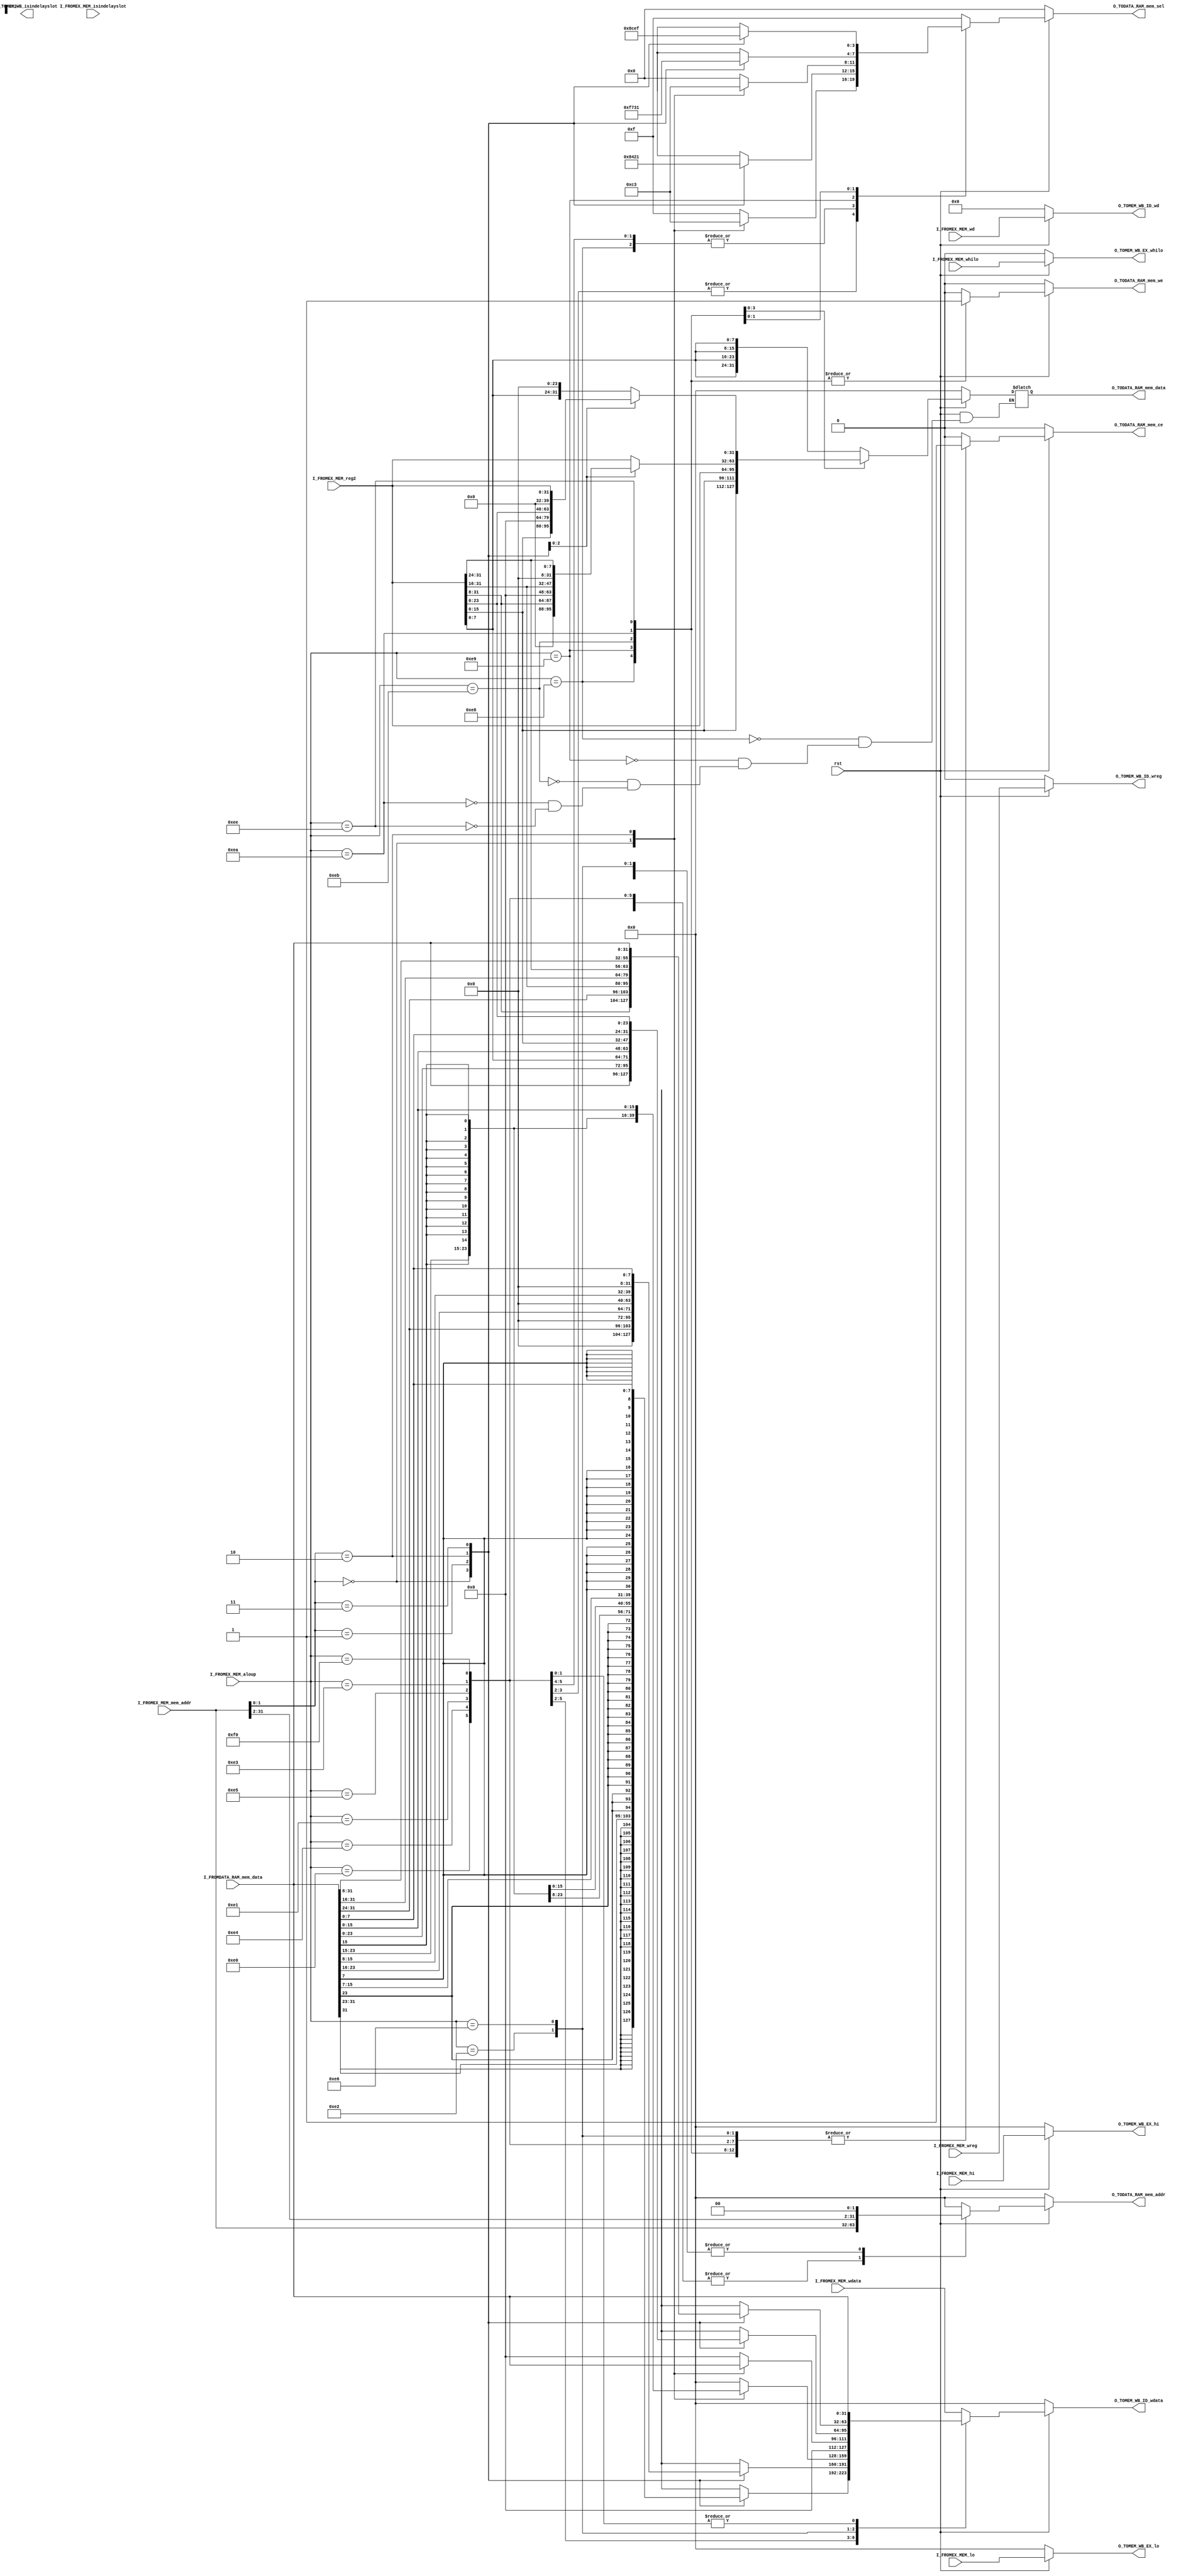
//////////////////////////////////////////////////////////////////////
////                                                              ////
//// Copyright (C) 2014 leishangwen@163.com                       ////
////                                                              ////
//// This source file may be used and distributed without         ////
//// restriction provided that this copyright statement is not    ////
//// removed from the file and that any derivative work contains  ////
//// the original copyright notice and the associated disclaimer. ////
////                                                              ////
//// This source file is free software; you can redistribute it   ////
//// and/or modify it under the terms of the GNU Lesser General   ////
//// Public License as published by the Free Software Foundation; ////
//// either version 2.1 of the License, or (at your option) any   ////
//// later version.                                               ////
////                                                              ////
//// This source is distributed in the hope that it will be       ////
//// useful, but WITHOUT ANY WARRANTY; without even the implied   ////
//// warranty of MERCHANTABILITY or FITNESS FOR A PARTICULAR      ////
//// PURPOSE.  See the GNU Lesser General Public License for more ////
//// details.                                                     ////
////                                                              ////
//////////////////////////////////////////////////////////////////////
//////////////////////////////////////////////////////////////////////
//////////////////////////////////////////////////////////////////////
// Module:  MEM
// Description: 
// Revision: 1.0
//////////////////////////////////////////////////////////////////////



module MEM(

	input wire										rst,//
	
	//?	
	input wire       I_FROMEX_MEM_wreg,//
	input wire[4:0]         I_FROMEX_MEM_wd,//
	input wire[31:0]	  I_FROMEX_MEM_wdata,//?
	input wire[31:0]           I_FROMEX_MEM_hi,//HI?
	input wire[31:0]           I_FROMEX_MEM_lo,//LO?
	input wire                    I_FROMEX_MEM_whilo,	//HILO?

    input wire[7:0]        I_FROMEX_MEM_aloup,//?
	input wire[31:0]          I_FROMEX_MEM_mem_addr,//????
	input wire[31:0]          I_FROMEX_MEM_reg2,//??lwllwr?
	
	//RAM?
	input wire[31:0]          I_FROMDATA_RAM_mem_data,//?

	//I_FROMLLbit_LlbitLLbit?
	//input wire                  I_FROMLLbit_Llbit,//LlbitLlbit?
	//????LLbit??
	//input wire                  I_FROMMEM_WB_wb_LLbit_we,//Llbit?
	//input wire                  I_FROMMEM_WB_wb_LLbit_value,//Llbit?


	input wire                   I_FROMEX_MEM_isindelayslot,

	output wire                  O_TOMEM_WB_isindelayslot,
	//?
	output reg[4:0]      O_TOMEM_WB_ID_wd,//
	output reg           O_TOMEM_WB_ID_wreg,//?
	output reg[31:0]	 O_TOMEM_WB_ID_wdata,//?
	output reg[31:0]     O_TOMEM_WB_EX_hi,//HI?
	output reg[31:0]     O_TOMEM_WB_EX_lo,//LO?
	output reg           O_TOMEM_WB_EX_whilo,//HILO?

	//output reg                   O_TOMEM_WB_Llbit_we,//Llbit?
	//output reg                   O_TOMEM_WB_Llbit_value,//Llbit?
	
	//RAM?
	output reg[31:0]          O_TODATA_RAM_mem_addr,//
	output wire					O_TODATA_RAM_mem_we,//1
	output reg[3:0]              O_TODATA_RAM_mem_sel,//
	output reg[31:0]          O_TODATA_RAM_mem_data,//?
	output reg                   O_TODATA_RAM_mem_ce	//?
	
);

    //reg LLbit;
	wire[31:0] zero32;
	reg                   mem_we;

	assign O_TODATA_RAM_mem_we = mem_we ;//RAM
	assign zero32 = 32'h00000000;
    
    assign O_TOMEM_WB_EX_isindelayslot = I_FROMEX_MEM_isindelayslot;

  //?LLbit???
	/*always @ (*) begin
		if(rst == 1'b1) begin
			LLbit <= 1'b0;
		end else begin
			if(I_FROMMEM_WB_wb_LLbit_we == 1'b1) begin
				LLbit <= I_FROMMEM_WB_wb_LLbit_value;
			end else begin
				LLbit <= I_FROMLLbit_Llbit;
			end
		end
	end*/
	
	always @ (*) begin
		if(rst == 1'b0) begin
			O_TOMEM_WB_ID_wd <= 5'b00000;
			O_TOMEM_WB_ID_wreg <= 1'b0;
		  O_TOMEM_WB_ID_wdata <= 32'h00000000;
		  O_TOMEM_WB_EX_hi <= 32'h00000000;
		  O_TOMEM_WB_EX_lo <= 32'h00000000;
		  O_TOMEM_WB_EX_whilo <= 1'b0;		
		  O_TODATA_RAM_mem_addr <= 32'h00000000;
		  mem_we <= 1'b0;
		  O_TODATA_RAM_mem_sel <= 4'b0000;
		  O_TODATA_RAM_mem_data <= 32'h00000000;
		  O_TODATA_RAM_mem_ce <= 1'b0;		
		  //O_TOMEM_WB_Llbit_we <= 1'b0;
		  //O_TOMEM_WB_Llbit_value <= 1'b0;		      
		end else begin
		    O_TOMEM_WB_ID_wd <= I_FROMEX_MEM_wd;
			O_TOMEM_WB_ID_wreg <= I_FROMEX_MEM_wreg;
			O_TOMEM_WB_ID_wdata <= I_FROMEX_MEM_wdata;
			O_TOMEM_WB_EX_hi <= I_FROMEX_MEM_hi;
			O_TOMEM_WB_EX_lo <= I_FROMEX_MEM_lo;
			O_TOMEM_WB_EX_whilo <= I_FROMEX_MEM_whilo;		
			mem_we <= 1'b0;
			O_TODATA_RAM_mem_addr <= 32'h00000000;
			O_TODATA_RAM_mem_sel <= 4'b1111;
			O_TODATA_RAM_mem_ce <= 1'b0;
		 // O_TOMEM_WB_Llbit_we <= 1'b0;
		 //O_TOMEM_WB_Llbit_value <= 1'b0;			
			case (I_FROMEX_MEM_aloup)
				8'b11100000:		begin//lb
					O_TODATA_RAM_mem_addr <= I_FROMEX_MEM_mem_addr;//?
					mem_we <= 1'b0;//?O_TODATA_RAM_mem_addr???1'b0
					O_TODATA_RAM_mem_ce <= 1'b1;//O_TODATA_RAM_mem_ce <= 1'b1
					case (I_FROMEX_MEM_mem_addr[1:0])//mem_arrd?mem_sel??I_FROMEX_MEM_mem_data
						2'b00:	begin
							O_TOMEM_WB_ID_wdata <= {{24{I_FROMDATA_RAM_mem_data[31]}},I_FROMDATA_RAM_mem_data[31:24]};
							O_TODATA_RAM_mem_sel <= 4'b1000;
						end
						2'b01:	begin
							O_TOMEM_WB_ID_wdata <= {{24{I_FROMDATA_RAM_mem_data[23]}},I_FROMDATA_RAM_mem_data[23:16]};
							O_TODATA_RAM_mem_sel <= 4'b0100;
						end
						2'b10:	begin
							O_TOMEM_WB_ID_wdata <= {{24{I_FROMDATA_RAM_mem_data[15]}},I_FROMDATA_RAM_mem_data[15:8]};
							O_TODATA_RAM_mem_sel <= 4'b0010;
						end
						2'b11:	begin
							O_TOMEM_WB_ID_wdata <= {{24{I_FROMDATA_RAM_mem_data[7]}},I_FROMDATA_RAM_mem_data[7:0]};
							O_TODATA_RAM_mem_sel <= 4'b0001;
						end
						default:	begin
							O_TOMEM_WB_ID_wdata <= 32'h00000000;
						end
					endcase
				end
				8'b11100100:		begin//lbu
					O_TODATA_RAM_mem_addr <= I_FROMEX_MEM_mem_addr;
					mem_we <= 1'b0;
					O_TODATA_RAM_mem_ce <= 1'b1;
					case (I_FROMEX_MEM_mem_addr[1:0])
						2'b00:	begin
							O_TOMEM_WB_ID_wdata <= {{24{1'b0}},I_FROMDATA_RAM_mem_data[31:24]};
							O_TODATA_RAM_mem_sel <= 4'b1000;
						end
						2'b01:	begin
							O_TOMEM_WB_ID_wdata <= {{24{1'b0}},I_FROMDATA_RAM_mem_data[23:16]};
							O_TODATA_RAM_mem_sel <= 4'b0100;
						end
						2'b10:	begin
							O_TOMEM_WB_ID_wdata <= {{24{1'b0}},I_FROMDATA_RAM_mem_data[15:8]};
							O_TODATA_RAM_mem_sel <= 4'b0010;
						end
						2'b11:	begin
							O_TOMEM_WB_ID_wdata <= {{24{1'b0}},I_FROMDATA_RAM_mem_data[7:0]};
							O_TODATA_RAM_mem_sel <= 4'b0001;
						end
						default:	begin
							O_TOMEM_WB_ID_wdata <= 32'h00000000;
						end
					endcase				
				end
				8'b11100001:		begin//lh
					O_TODATA_RAM_mem_addr <= I_FROMEX_MEM_mem_addr;
					mem_we <= 1'b0;
					O_TODATA_RAM_mem_ce <= 1'b1;
					case (I_FROMEX_MEM_mem_addr[1:0])
						2'b00:	begin
							O_TOMEM_WB_ID_wdata <= {{16{I_FROMDATA_RAM_mem_data[31]}},I_FROMDATA_RAM_mem_data[31:16]};
							O_TODATA_RAM_mem_sel <= 4'b1100;
						end
						2'b10:	begin
							O_TOMEM_WB_ID_wdata <= {{16{I_FROMDATA_RAM_mem_data[15]}},I_FROMDATA_RAM_mem_data[15:0]};
							O_TODATA_RAM_mem_sel <= 4'b0011;
						end
						default:	begin
							O_TOMEM_WB_ID_wdata <= 32'h00000000;
						end
					endcase					
				end
				8'b11100101:		begin//lhu
					O_TODATA_RAM_mem_addr <= I_FROMEX_MEM_mem_addr;
					mem_we <= 1'b0;
					O_TODATA_RAM_mem_ce <= 1'b1;
					case (I_FROMEX_MEM_mem_addr[1:0])
						2'b00:	begin
							O_TOMEM_WB_ID_wdata <= {{16{1'b0}},I_FROMDATA_RAM_mem_data[31:16]};
							O_TODATA_RAM_mem_sel <= 4'b1100;
						end
						2'b10:	begin
							O_TOMEM_WB_ID_wdata <= {{16{1'b0}},I_FROMDATA_RAM_mem_data[15:0]};
							O_TODATA_RAM_mem_sel <= 4'b0011;
						end
						default:	begin
							O_TOMEM_WB_ID_wdata <= 32'h00000000;
						end
					endcase				
				end
				8'b11100011:		begin//lw
					O_TODATA_RAM_mem_addr <= I_FROMEX_MEM_mem_addr;
					mem_we <= 1'b0;
					O_TOMEM_WB_ID_wdata <= I_FROMDATA_RAM_mem_data;
					O_TODATA_RAM_mem_sel <= 4'b1111;		
					O_TODATA_RAM_mem_ce <= 1'b1;
				end
				8'b11100010:		begin//lwl
					O_TODATA_RAM_mem_addr <= {I_FROMEX_MEM_mem_addr[31:2], 2'b00};//??0lwlRAM
					mem_we <= 1'b0;//??
					O_TODATA_RAM_mem_sel <= 4'b1111;
					O_TODATA_RAM_mem_ce <= 1'b1;//?
					case (I_FROMEX_MEM_mem_addr[1:0])
						2'b00:	begin
							O_TOMEM_WB_ID_wdata <= I_FROMDATA_RAM_mem_data[31:0];
						end
						2'b01:	begin
							O_TOMEM_WB_ID_wdata <= {I_FROMDATA_RAM_mem_data[23:0],I_FROMEX_MEM_reg2[7:0]};
						end
						2'b10:	begin
							O_TOMEM_WB_ID_wdata <= {I_FROMDATA_RAM_mem_data[15:0],I_FROMEX_MEM_reg2[15:0]};
						end
						2'b11:	begin
							O_TOMEM_WB_ID_wdata <= {I_FROMDATA_RAM_mem_data[7:0],I_FROMEX_MEM_reg2[23:0]};	
						end//????????
						default:	begin
							O_TOMEM_WB_ID_wdata <= 32'h00000000;
						end
					endcase				
				end
				8'b11100110:		begin//lwrlwl
					O_TODATA_RAM_mem_addr <= {I_FROMEX_MEM_mem_addr[31:2], 2'b00};
					mem_we <= 1'b0;
					O_TODATA_RAM_mem_sel <= 4'b1111;
					O_TODATA_RAM_mem_ce <= 1'b1;
					case (I_FROMEX_MEM_mem_addr[1:0])
						2'b00:	begin
							O_TOMEM_WB_ID_wdata <= {I_FROMEX_MEM_reg2[31:8],I_FROMDATA_RAM_mem_data[31:24]};
						end
						2'b01:	begin
							O_TOMEM_WB_ID_wdata <= {I_FROMEX_MEM_reg2[31:16],I_FROMDATA_RAM_mem_data[31:16]};
						end
						2'b10:	begin
							O_TOMEM_WB_ID_wdata <= {I_FROMEX_MEM_reg2[31:24],I_FROMDATA_RAM_mem_data[31:8]};
						end
						2'b11:	begin
							O_TOMEM_WB_ID_wdata <= I_FROMDATA_RAM_mem_data;	
						end
						default:	begin
							O_TOMEM_WB_ID_wdata <= 32'h00000000;
						end
					endcase					
				end
				8'b11110000:		begin//
					O_TODATA_RAM_mem_addr <= I_FROMEX_MEM_mem_addr;
					mem_we <= 1'b0;
					O_TOMEM_WB_ID_wdata <= I_FROMDATA_RAM_mem_data;
		  		//O_TOMEM_WB_Llbit_we <= 1'b1;
		  		//O_TOMEM_WB_Llbit_value <= 1'b1;
		  		O_TODATA_RAM_mem_sel <= 4'b1111;			
		  		O_TODATA_RAM_mem_ce <= 1'b1;					
				end				
				8'b11101000:		begin//sb
					O_TODATA_RAM_mem_addr <= I_FROMEX_MEM_mem_addr;//?	
					mem_we <= 1'b1;//?
					O_TODATA_RAM_mem_data <= {I_FROMEX_MEM_reg2[7:0],I_FROMEX_MEM_reg2[7:0],I_FROMEX_MEM_reg2[7:0],I_FROMEX_MEM_reg2[7:0]};
					O_TODATA_RAM_mem_ce <= 1'b1;//??	
					case (I_FROMEX_MEM_mem_addr[1:0])
						2'b00:	begin
							O_TODATA_RAM_mem_sel <= 4'b1000;
						end
						2'b01:	begin
							O_TODATA_RAM_mem_sel <= 4'b0100;
						end
						2'b10:	begin
							O_TODATA_RAM_mem_sel <= 4'b0010;
						end
						2'b11:	begin
							O_TODATA_RAM_mem_sel <= 4'b0001;	
						end
						default:	begin
							O_TODATA_RAM_mem_sel <= 4'b0000;
						end//sbmem_data???mem_sel???
					endcase				
				end
				8'b11101001:		begin//sh
					O_TODATA_RAM_mem_addr <= I_FROMEX_MEM_mem_addr;
					mem_we <= 1'b1;
					O_TODATA_RAM_mem_data <= {I_FROMEX_MEM_reg2[15:0],I_FROMEX_MEM_reg2[15:0]};
					O_TODATA_RAM_mem_ce <= 1'b1;
					case (I_FROMEX_MEM_mem_addr[1:0])
						2'b00:	begin
							O_TODATA_RAM_mem_sel <= 4'b1100;
						end
						2'b10:	begin
							O_TODATA_RAM_mem_sel <= 4'b0011;
						end
						default:	begin
							O_TODATA_RAM_mem_sel <= 4'b0000;
						end
					endcase						
				end
				8'b11101011:		begin//swsb
					O_TODATA_RAM_mem_addr <= I_FROMEX_MEM_mem_addr;
					mem_we <= 1'b1;
					O_TODATA_RAM_mem_data <= I_FROMEX_MEM_reg2;
					O_TODATA_RAM_mem_sel <= 4'b1111;			
					O_TODATA_RAM_mem_ce <= 1'b1;
				end
				8'b11101010:		begin//swl
					O_TODATA_RAM_mem_addr <= {I_FROMEX_MEM_mem_addr[31:2], 2'b00};//??0swl?
					mem_we <= 1'b1;//??
					O_TODATA_RAM_mem_ce <= 1'b1;//??
					case (I_FROMEX_MEM_mem_addr[1:0])
						2'b00:	begin						  
							O_TODATA_RAM_mem_sel <= 4'b1111;
							O_TODATA_RAM_mem_data <= I_FROMEX_MEM_reg2;
						end
						2'b01:	begin
							O_TODATA_RAM_mem_sel <= 4'b0111;
							O_TODATA_RAM_mem_data <= {zero32[7:0],I_FROMEX_MEM_reg2[31:8]};
						end
						2'b10:	begin
							O_TODATA_RAM_mem_sel <= 4'b0011;
							O_TODATA_RAM_mem_data <= {zero32[15:0],I_FROMEX_MEM_reg2[31:16]};
						end
						2'b11:	begin
							O_TODATA_RAM_mem_sel <= 4'b0001;	
							O_TODATA_RAM_mem_data <= {zero32[23:0],I_FROMEX_MEM_reg2[31:24]};
						end
						default:	begin
							O_TODATA_RAM_mem_sel <= 4'b0000;
						end
					endcase							
				end
				8'b11101110:		begin//swr
					O_TODATA_RAM_mem_addr <= {I_FROMEX_MEM_mem_addr[31:2], 2'b00};
					mem_we <= 1'b1;
					O_TODATA_RAM_mem_ce <= 1'b1;
					case (I_FROMEX_MEM_mem_addr[1:0])
						2'b00:	begin						  
							O_TODATA_RAM_mem_sel <= 4'b1000;
							O_TODATA_RAM_mem_data <= {I_FROMEX_MEM_reg2[7:0],zero32[23:0]};
						end
						2'b01:	begin
							O_TODATA_RAM_mem_sel <= 4'b1100;
							O_TODATA_RAM_mem_data <= {I_FROMEX_MEM_reg2[15:0],zero32[15:0]};
						end
						2'b10:	begin
							O_TODATA_RAM_mem_sel <= 4'b1110;
							O_TODATA_RAM_mem_data <= {I_FROMEX_MEM_reg2[23:0],zero32[7:0]};
						end
						2'b11:	begin
							O_TODATA_RAM_mem_sel <= 4'b1111;	
							O_TODATA_RAM_mem_data <= I_FROMEX_MEM_reg2[31:0];
						end
						default:	begin
							O_TODATA_RAM_mem_sel <= 4'b0000;
						end
					endcase											
				end 
				
				default:		begin
          //?
				end
			endcase							
		end    //if
	end      //always
			

endmodule